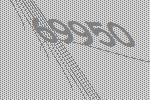
69950